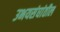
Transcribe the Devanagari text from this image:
उभयसंघांतील